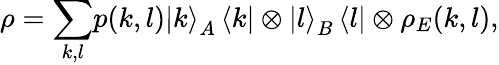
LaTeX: \rho={\displaystyle\sum_{k,l}}p(k,l)\left\vert k\right\rangle_{A}\left\langle k\right\vert\otimes\left\vert l\right\rangle_{B}\left\langle l\right\vert\otimes\rho_{E}(k,l),